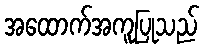
အထောက်အကူပြုသည်